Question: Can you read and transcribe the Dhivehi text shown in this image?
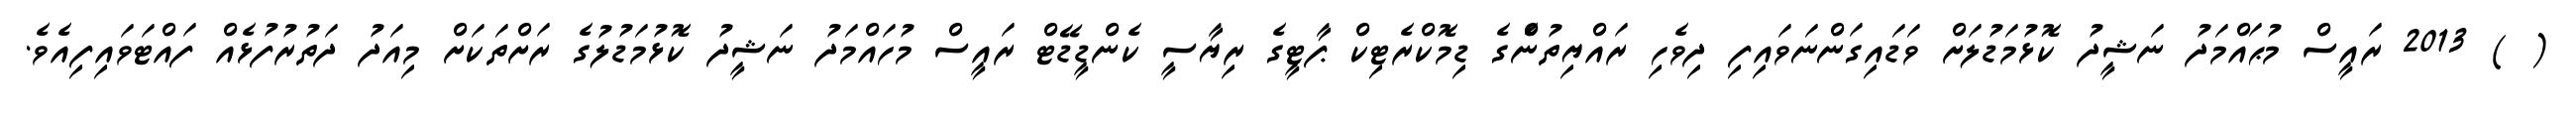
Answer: ( ) 2013 ރައީސް މުޙައްމަދު ނަޝީދު ކޮޅުމަޑުލަށް ވަޑައިގަންނަވައިފި ދިވެހި ރައްޔިތުނެްގެ ޑިމޮކްރެޓިކް ޕާޓީގެ ރިޔާސީ ކެންޑީޑޭޓް ރައީސް މުހައްމަދު ނަޝީދު ކޮޅުމަޑުލުގެ ރަށްތަކަށް މިއަދު ދަތުރުފުޅެއް ފައްޓަވައިފިއެވެ.